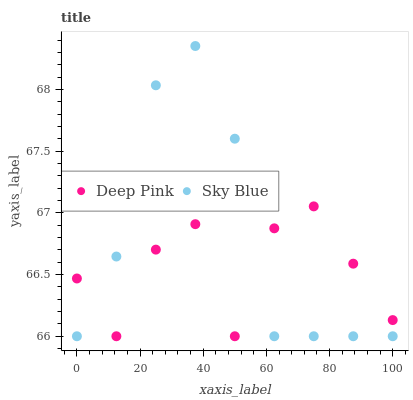
| xaxis_label | Deep Pink | Sky Blue |
 | --- | --- | --- |
 | 0 | 66.5 | 66 |
 | 12.5 | 66 | 66.6 |
 | 25 | 66.7 | 68 |
 | 37.5 | 66.9 | 68.4 |
 | 50 | 66 | 67.6 |
 | 62.5 | 66.9 | 66 |
 | 75 | 67.1 | 66 |
 | 87.5 | 66.6 | 66 |
 | 100 | 66.1 | 66 |